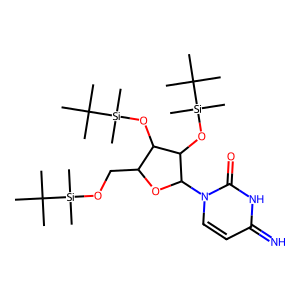
SMILES: CC(C)(C)[Si](C)(C)OCC1OC(n2ccc(=N)[nH]c2=O)C(O[Si](C)(C)C(C)(C)C)C1O[Si](C)(C)C(C)(C)C
Inhibits HIV replication: No